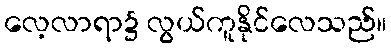
လေ့လာရာ၌ လွယ်ကူနိုင်လေသည်။